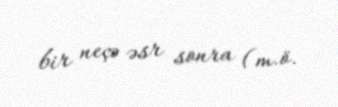
bir neçə əsr sonra (m.ö.